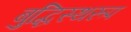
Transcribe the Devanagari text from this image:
बुद्धिस्थरूप